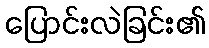
ပြောင်းလဲခြင်း၏